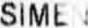
SIMEN